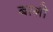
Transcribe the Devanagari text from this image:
बाग़ोे